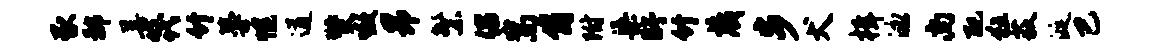
豕鄙善筏竹蔓幌遒燹嗷昂繁倡嵩肯附渠盱竹藏步犬楫泳尚配狂荻涎巴